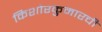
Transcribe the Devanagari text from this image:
किशोरकुमारची